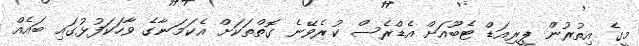
މީގެ އިތުރުން ޕީރިއަޑް ޓެބޫއަށް އެޑްރެސް ކުރެވޭނެ ގޮތްތަކަށް އެކަމަނާގެ ވާހަކަފުޅުގައި ބައެއް